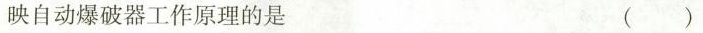
映自动爆破器工作原理的是 ( )